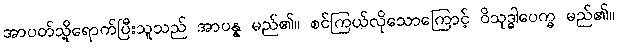
အာပတ်သို့ရောက်ပြီးသူသည် အာပန္န မည်၏။ စင်ကြယ်လိုသောကြောင့် ဝိသုဒ္ဓါပေက္ခ မည်၏။